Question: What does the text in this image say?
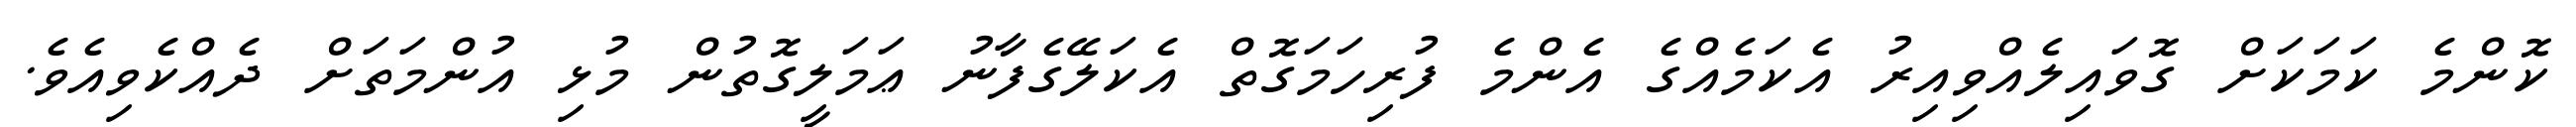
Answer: ކޮންމެ ކަމަކަށް ގޮވައިލެއްވިއިރު އެކަމެއްގެ އެންމެ ފުރިހަމަގޮތް އެކަލޭގެފާނު ޢަމަލީގޮތުން މުޅި އުންމަތަށް ދެއްކެވިއެވެ.